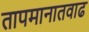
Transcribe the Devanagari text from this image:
तापमानातवाढ